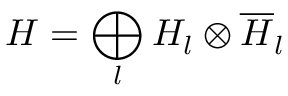
{ \cal H } = \bigoplus _ { l } { \cal H } _ { l } \otimes \overline { { { \cal H } } } _ { l }